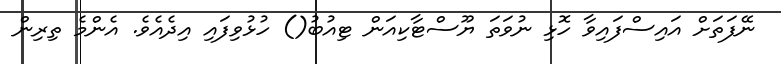
ނޭފަތަށް އައިސްފައިވާ ހޮޅި ނުވަތަ ޔޫސްޓާކިއަން ޓިއުބު() ހުޅުވިފައި އިދެއެވެ. އެންމެ ތިރިން